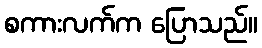
စကားလက်က ပြောသည်။